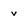
Character: v